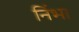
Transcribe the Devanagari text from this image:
निंभा